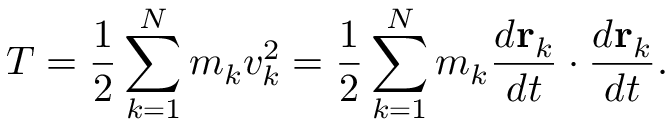
T = { \frac { 1 } { 2 } } \sum _ { k = 1 } ^ { N } m _ { k } v _ { k } ^ { 2 } = { \frac { 1 } { 2 } } \sum _ { k = 1 } ^ { N } m _ { k } { \frac { d \mathbf { r } _ { k } } { d t } } \cdot { \frac { d \mathbf { r } _ { k } } { d t } } .